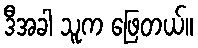
ဒီအခါ သူက ဖြေတယ်။